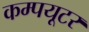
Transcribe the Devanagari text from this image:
कम्पयूटर